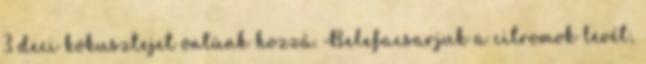
3 deci kókusztejet öntünk hozzá. Belefacsarjuk a citromok levét,